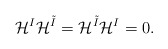
\begin{align*}\mathcal{H}^I\mathcal{H}^{\tilde{I}}=\mathcal{H}^{\tilde{I}}\mathcal{H}^I=0.\end{align*}